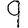
Digit: 9